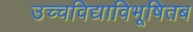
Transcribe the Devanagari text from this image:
उच्चविद्याविभूषितब